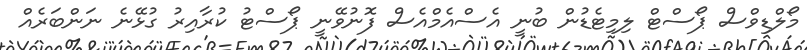
މޯލްޑިވްސް ޕޯސްޓް ލިމިޓެޑުން ބުނީ އެސްއެމްއެސް ފޮނުވޭނީ ޕޯސްޓު ކުރާއިރު ގުޅޭނެ ނަންބަރެއް